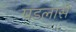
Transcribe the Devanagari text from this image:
पडलासे